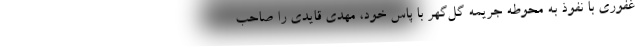
غفوری با نفوذ به محوطه جریمه گل‌گهر با پاس خود، مهدی قایدی را صاحب